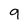
Character: 9